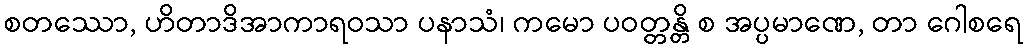
စတဿော, ဟိတာဒိအာကာရဝသာ ပနာသံ၊ ကမော ပဝတ္တန္တိ စ အပ္ပမာဏေ, တာ ဂေါစရေ